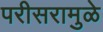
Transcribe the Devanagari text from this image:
परीसरामुळे